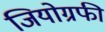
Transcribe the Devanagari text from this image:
जियोग्रफी